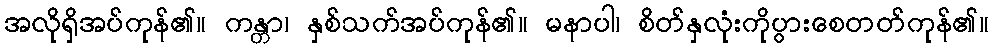
အလိုရှိအပ်ကုန်၏။ ကန္တာ၊ နှစ်သက်အပ်ကုန်၏။ မနာပါ၊ စိတ်နှလုံးကိုပွားစေတတ်ကုန်၏။